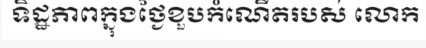
ទិដ្ឋភាពក្នុងថ្ងៃខួបកំណើតរបស់ លោក